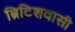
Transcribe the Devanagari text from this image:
ब्रिटिशवासी